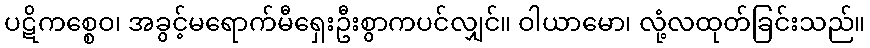
ပဋိကစ္စေဝ၊ အခွင့်မရောက်မီရှေးဦးစွာကပင်လျှင်။ ဝါယာမော၊ လုံ့လထုတ်ခြင်းသည်။